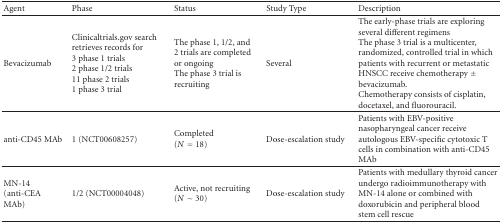
| Agent | Phase | Status | Study Type | Description |
 | --- | --- | --- | --- | --- |
 | Bevacizumab | Clinicaltrials.gov search retrieves records for 3 phase 1 trials 2 phase 1/2 trials 11 phase 2 trials 1 phase 3 trial | The phase 1, 1/2, and 2 trials are completed or ongoing The phase 3 trial is recruiting | Several | The early-phase trials are exploring several different regimens The phase 3 trial is a multicenter, randomized, controlled trial in which patients with recurrent or metastatic HNSCC receive chemotherapy ± bevacizumab. Chemotherapy consists of cisplatin, docetaxel, and fluorouracil. |
 | anti-CD45 MAb | 1 (NCT00608257) | Completed (N = 18) | Dose-escalation study | Patients with EBV-positive nasopharyngeal cancer receive autologous EBV-specific cytotoxic T cells in combination with anti-CD45 MAb |
 | MN-14 (anti-CEA MAb) | 1/2 (NCT00004048) | Active, not recruiting(N ~ 30) | Dose-escalation study | Patients with medullary thyroid cancer undergo radioimmunotherapy with MN-14 alone or combined with doxorubicin and peripheral blood stem cell rescue |